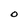
Character: O